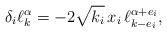
LaTeX: \begin{align*}\delta_i \ell_k^{\alpha}=-2\sqrt{k_i}\,x_i\,\ell_{k-e_i}^{\alpha+e_i},\end{align*}